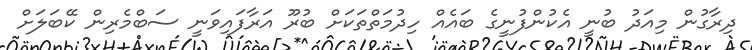
ދިރާގުން މިއަދު ބުނީ އެކުންފުނީގެ ބައެއް ހިދުމަތްތަކަށް ބުރޫ އަރާފައިވަނީ ސަބްމެރިން ކޭބަލަށް